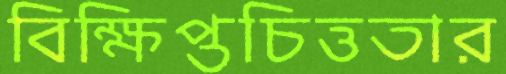
বিক্ষিপ্তচিত্ততার